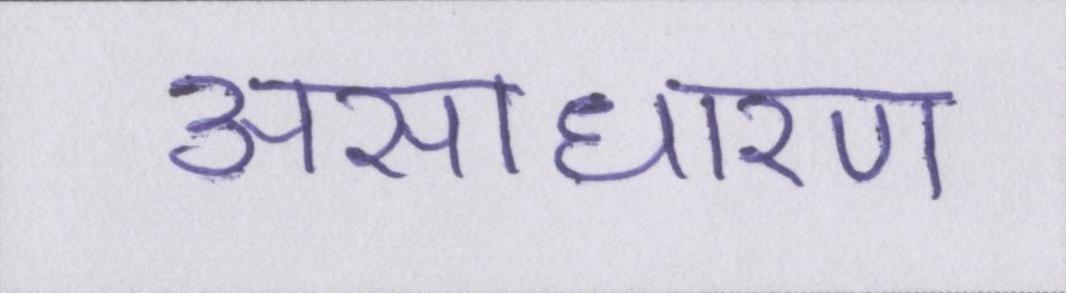
असाधारण